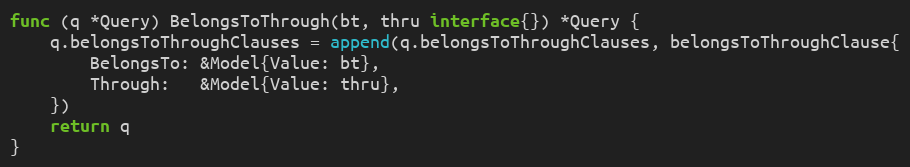
Language: Go
func (q *Query) BelongsToThrough(bt, thru interface{}) *Query {
	q.belongsToThroughClauses = append(q.belongsToThroughClauses, belongsToThroughClause{
		BelongsTo: &Model{Value: bt},
		Through:   &Model{Value: thru},
	})
	return q
}